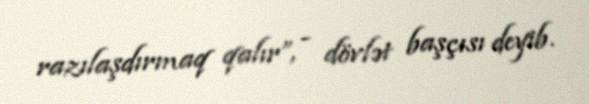
razılaşdırmaq qalır”, - dövlət başçısı deyib.